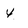
Character: 4